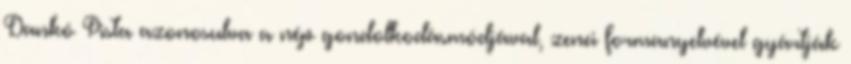
Dankó Pista azonosulva a nép gondolkodásmódjával, zenei formanyelvével gyártják